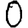
Digit: 0